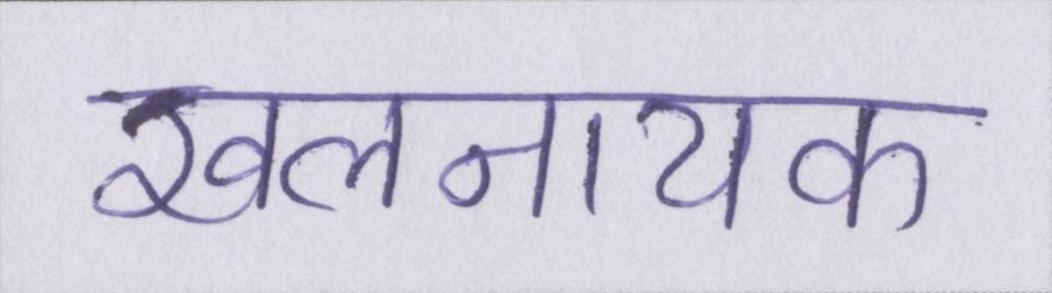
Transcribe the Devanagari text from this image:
खलनायक